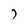
Character: 7